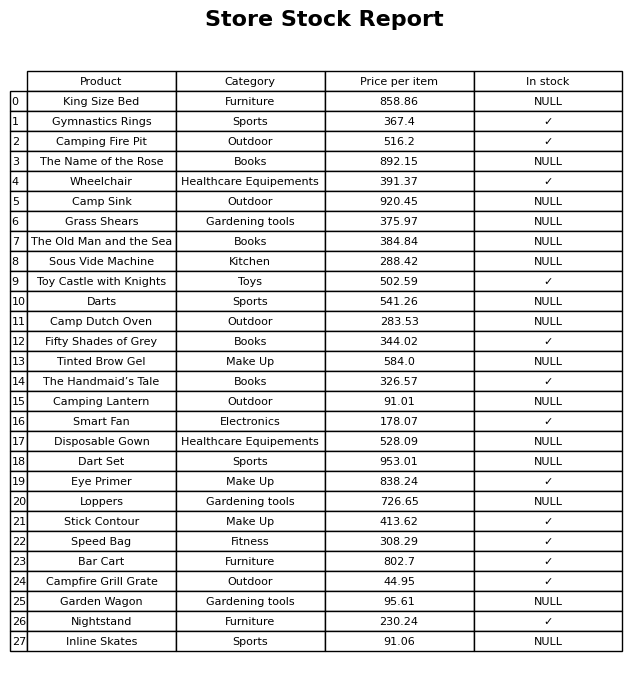
question: What is the price for Camping Fire Pit?
answer: The price of Camping Fire Pit is 516.2.